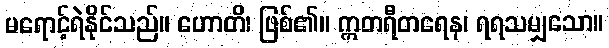
မရောင့်ရဲနိုင်သည်။ ဟောတိ၊ ဖြစ်၏။ ဣတရီတရေန၊ ရရသမျှသော။